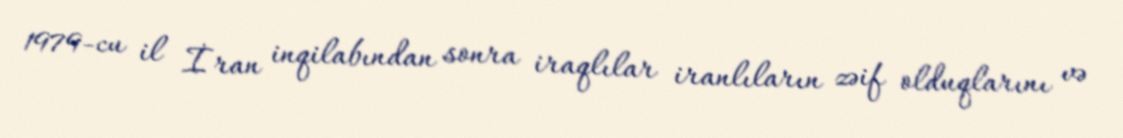
1979-cu il İran inqilabından sonra iraqlılar iranlıların zəif olduqlarını və